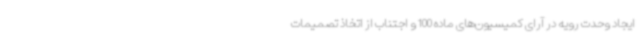
ایجاد وحدت رویه در آرای کمیسیون‌های ماده 100 و اجتناب از اتخاذ تصمیمات